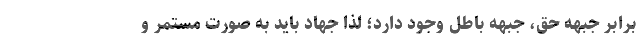
برابر جبهه حق، جبهه باطل وجود دارد؛ لذا جهاد باید به صورت مستمر و